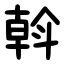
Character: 斡